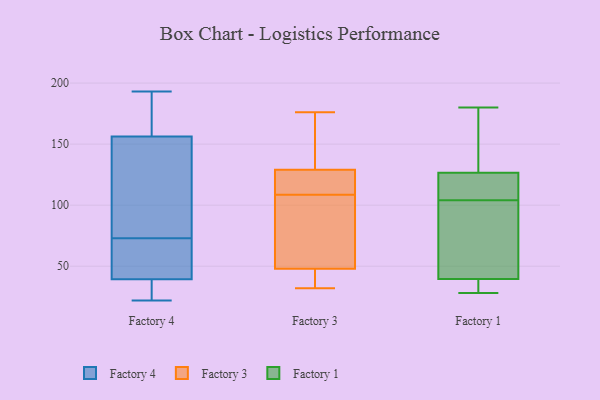
{"axis": {"x": "Tickets Resolved", "y": "Value"}, "legend": ["Factory 1", "Factory 3", "Factory 4"], "data": [{"x": "", "y": 151, "type": "Factory 4"}, {"x": "", "y": 144, "type": "Factory 4"}, {"x": "", "y": 69, "type": "Factory 4"}, {"x": "", "y": 158, "type": "Factory 4"}, {"x": "", "y": 36, "type": "Factory 4"}, {"x": "", "y": 73, "type": "Factory 4"}, {"x": "", "y": 64, "type": "Factory 4"}, {"x": "", "y": 49, "type": "Factory 4"}, {"x": "", "y": 36, "type": "Factory 4"}, {"x": "", "y": 27, "type": "Factory 4"}, {"x": "", "y": 22, "type": "Factory 4"}, {"x": "", "y": 193, "type": "Factory 4"}, {"x": "", "y": 125, "type": "Factory 4"}, {"x": "", "y": 160, "type": "Factory 4"}, {"x": "", "y": 159, "type": "Factory 4"}, {"x": "", "y": 136, "type": "Factory 3"}, {"x": "", "y": 102, "type": "Factory 3"}, {"x": "", "y": 33, "type": "Factory 3"}, {"x": "", "y": 144, "type": "Factory 3"}, {"x": "", "y": 34, "type": "Factory 3"}, {"x": "", "y": 48, "type": "Factory 3"}, {"x": "", "y": 176, "type": "Factory 3"}, {"x": "", "y": 63, "type": "Factory 3"}, {"x": "", "y": 127, "type": "Factory 3"}, {"x": "", "y": 94, "type": "Factory 3"}, {"x": "", "y": 42, "type": "Factory 3"}, {"x": "", "y": 115, "type": "Factory 3"}, {"x": "", "y": 123, "type": "Factory 3"}, {"x": "", "y": 135, "type": "Factory 3"}, {"x": "", "y": 115, "type": "Factory 3"}, {"x": "", "y": 73, "type": "Factory 3"}, {"x": "", "y": 32, "type": "Factory 3"}, {"x": "", "y": 129, "type": "Factory 3"}, {"x": "", "y": 112, "type": "Factory 1"}, {"x": "", "y": 119, "type": "Factory 1"}, {"x": "", "y": 41, "type": "Factory 1"}, {"x": "", "y": 44, "type": "Factory 1"}, {"x": "", "y": 96, "type": "Factory 1"}, {"x": "", "y": 134, "type": "Factory 1"}, {"x": "", "y": 165, "type": "Factory 1"}, {"x": "", "y": 119, "type": "Factory 1"}, {"x": "", "y": 38, "type": "Factory 1"}, {"x": "", "y": 180, "type": "Factory 1"}, {"x": "", "y": 32, "type": "Factory 1"}, {"x": "", "y": 28, "type": "Factory 1"}]}